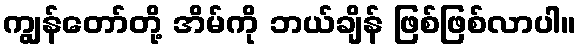
ကျွန်တော်တို့ အိမ်ကို ဘယ်ချိန် ဖြစ်ဖြစ်လာပါ။